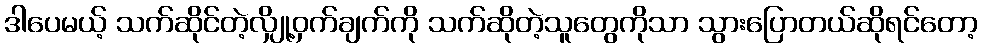
ဒါပေမယ့် သက်ဆိုင်တဲ့လျှို့ဝှက်ချက်ကို သက်ဆိုတဲ့သူတွေကိုသာ သွားပြောတယ်ဆိုရင်တော့